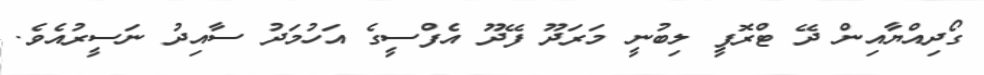
ގޯދިއްޔާއިން ދޭ ޓްރޮފީ ލިބުނީ މަރަދޫ ފޭދޫ އެފްސީގެ އަހުމަދު ސާއިދު ނަސީރުއެވެ.